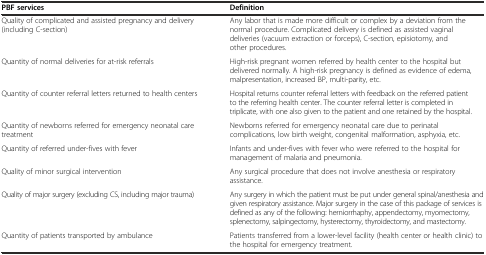
<table><thead><tr><td><b>PBF services</b></td><td><b>Definition</b></td></tr></thead><tbody><tr><td>Quality of complicated and assisted pregnancy and delivery (including C-section)</td><td>Any labor that is made more difficult or complex by a deviation from the normal procedure. Complicated delivery is defined as assisted vaginal deliveries (vacuum extraction or forceps), C-section, episiotomy, and other procedures.</td></tr><tr><td>Quantity of normal deliveries for at-risk referrals</td><td>High-risk pregnant women referred by health center to the hospital but delivered normally. A high-risk pregnancy is defined as evidence of edema, malpresentation, increased BP, multi-parity, etc.</td></tr><tr><td>Quantity of counter referral letters returned to health centers</td><td>Hospital returns counter referral letters with feedback on the referred patient to the referring health center. The counter referral letter is completed in triplicate, with one also given to the patient and one retained by the hospital.</td></tr><tr><td>Quantity of newborns referred for emergency neonatal care treatment</td><td>Newborns referred for emergency neonatal care due to perinatal complications, low birth weight, congenital malformation, asphyxia, etc.</td></tr><tr><td>Quantity of referred under-fives with fever</td><td>Infants and under-fives with fever who were referred to the hospital for management of malaria and pneumonia.</td></tr><tr><td>Quality of minor surgical intervention</td><td>Any surgical procedure that does not involve anesthesia or respiratory assistance.</td></tr><tr><td>Quality of major surgery (excluding CS, including major trauma)</td><td>Any surgery in which the patient must be put under general spinal/anesthesia and given respiratory assistance. Major surgery in the case of this package of services is defined as any of the following: herniorrhaphy, appendectomy, myomectomy, splenectomy, salpingectomy, hysterectomy, thyroidectomy, and mastectomy.</td></tr><tr><td>Quantity of patients transported by ambulance</td><td>Patients transferred from a lower-level facility (health center or health clinic) to the hospital for emergency treatment.</td></tr></tbody></table>